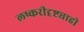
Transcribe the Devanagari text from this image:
लष्करीदृष्ट्याही